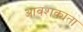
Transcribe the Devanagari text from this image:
आवशक्यता